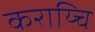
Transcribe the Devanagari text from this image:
कराय्चि